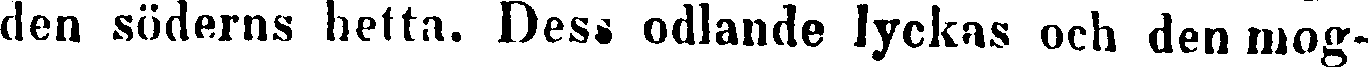
den söderns hetta. Dess odlande lyckas och den mog-